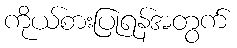
ကိုယ်စားပြုရန်အတွက်